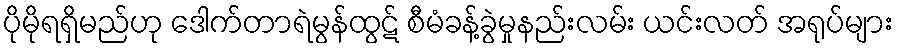
ပိုမိုရရှိမည်ဟု ဒေါက်တာရဲမွန်ထွဋ် စီမံခန့်ခွဲမှုနည်းလမ်း ယင်းလတ် အရုပ်များ